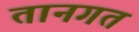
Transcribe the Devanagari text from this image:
तानगत